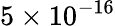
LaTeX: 5\times 10^{-16}